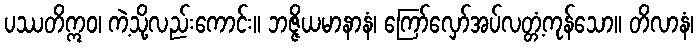
ပဿတိဣဝ၊ ကဲ့သို့လည်းကောင်း။ ဘဇ္ဇိယမာနာနံ၊ ကြော်လှော်အပ်လတ္တံ့ကုန်သော။ တိလာနံ၊